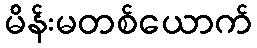
မိန်းမတစ်ယောက်